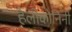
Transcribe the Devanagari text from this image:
हेलीकोनिनी